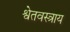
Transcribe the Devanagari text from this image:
श्वेतवस्त्राय